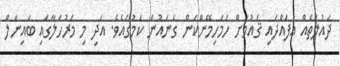
ދައުލަތެއް އުފައްދައި ޤައުމަށް ހަމަހިމޭންކަން ގެނައުން ކަމުގައެވެ. އަދި މި މަރުހަލާގައި ބައިނަލް